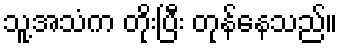
သူ့အသံက တိုးပြီး တုန်နေသည်။